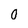
Character: 0